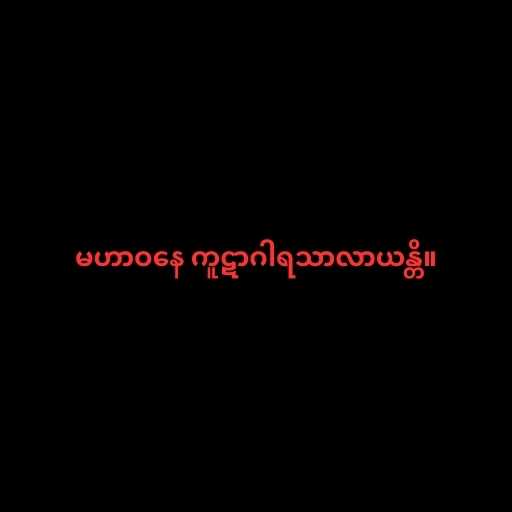
မဟာဝနေ ကူဋာဂါရသာလာယန္တိ။